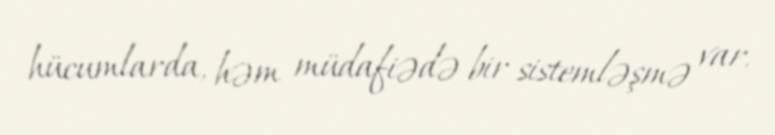
hücumlarda, həm müdafiədə bir sistemləşmə var.